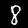
Digit: 8